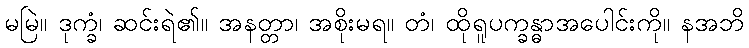
မမြဲ။ ဒုက္ခံ၊ ဆင်းရဲ၏။ အနတ္တာ၊ အစိုးမရ။ တံ၊ ထိုရူပက္ခန္ဓာအပေါင်းကို။ နအဘိ